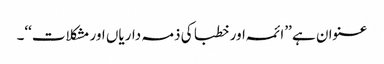
عنوان ہے ’’ائمہ اور خطبا کی ذمہ داریاں اور مشکلات‘‘۔